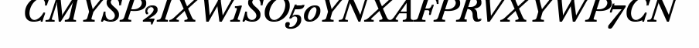
CMYSP2IXW1SO50YNXAFPRVXYWP7CN